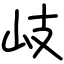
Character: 岐